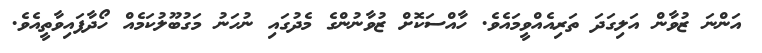
އަންނަ ޒުވާން އަލިގަދަ ތަރިއެއްވީމައެވެ. ހާއްސަކޮށް ޒުވާނުންގެ މެދުގައި ނުހަނު މަގުބޫލުކަމެއް ހޯދާފައިވާތީއެވެ.